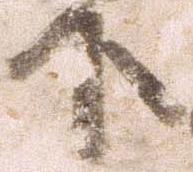
下